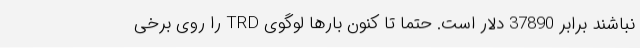
نباشند برابر 37890 دلار است. حتما تا کنون بارها لوگوی TRD را روی برخی